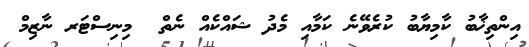
އިންތިޚާބު ކާމިޔާބު ކުރެވޭނެ ކަމާއި މެދު ޝައްކެއް ނެތް  މިނިސްޓަރ ނާޒިމް